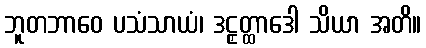
ဘူတဘာဝေ ပသံသာယံ၊ ဒဠှတ္ထာဒေါ သိယာ အတိ။